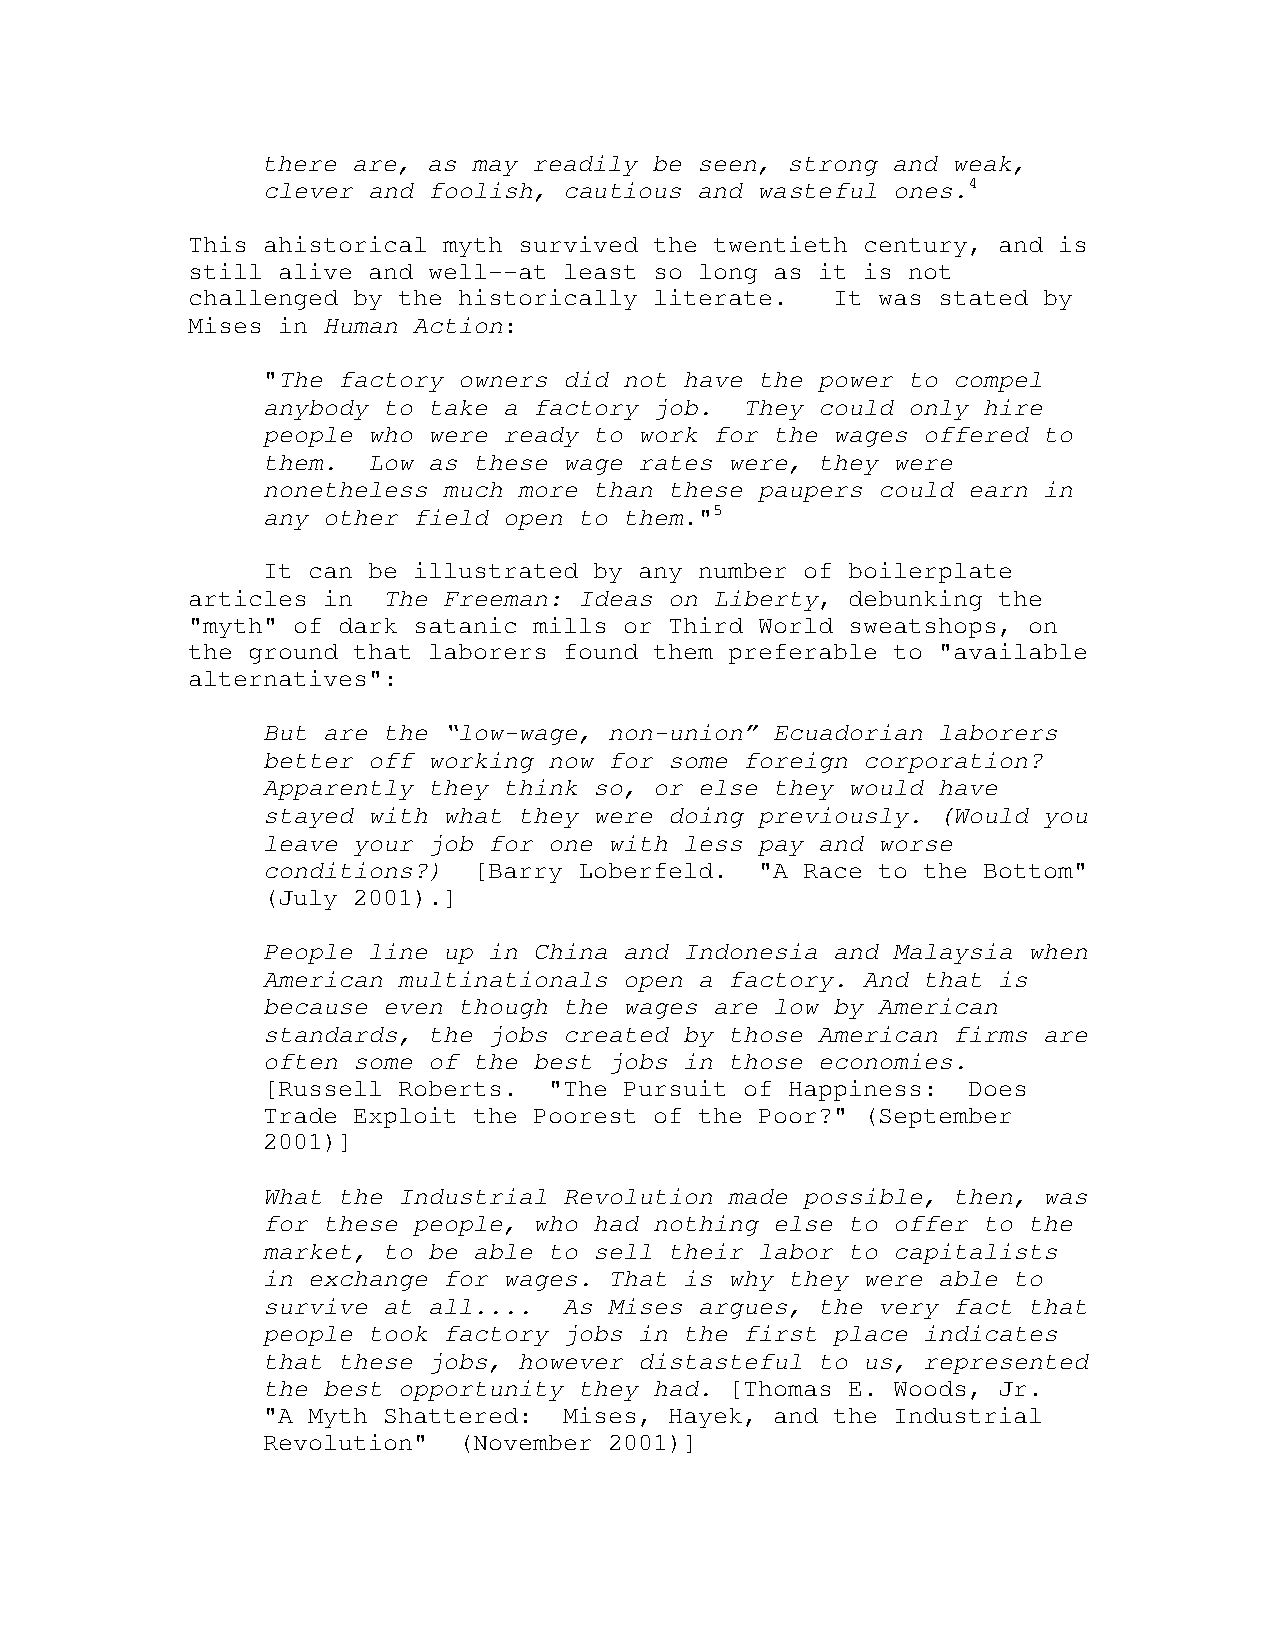
there are, as may readily be seen, strong and weak,
 clever and foolish, cautious and wasteful ones.4
 This ahistorical myth survived the twentieth century, and is
 still alive and well--at least so long as it is not
 challenged by the historically literate.   It was stated by
 Mises in Human Action:
 "The factory owners did not have the power to compel
 anybody to take a factory job.  They could only hire
 people who were ready to work for the wages offered to
 them.  Low as these wage rates were, they were
 nonetheless much more than these paupers could earn in
 any other field open to them."5
 It can be illustrated by any number of boilerplate
 articles in  The Freeman: Ideas on Liberty, debunking the
 "myth" of dark satanic mills or Third World sweatshops, on
 the ground that laborers found them preferable to "available
 alternatives":
 But are the “low-wage, non-union” Ecuadorian laborers
 better off working now for some foreign corporation?
 Apparently they think so, or else they would have
 stayed with what they were doing previously. (Would you
 leave your job for one with less pay and worse
 conditions?)  [Barry Loberfeld.  "A Race to the Bottom"
 (July 2001).]
 People line up in China and Indonesia and Malaysia when
 American multinationals open a factory. And that is
 because even though the wages are low by American
 standards, the jobs created by those American firms are
 often some of the best jobs in those economies.
 [Russell Roberts.  "The Pursuit of Happiness:  Does
 Trade Exploit the Poorest of the Poor?" (September
 2001)]
 What the Industrial Revolution made possible, then, was
 for these people, who had nothing else to offer to the
 market, to be able to sell their labor to capitalists
 in exchange for wages. That is why they were able to
 survive at all....  As Mises argues, the very fact that
 people took factory jobs in the first place indicates
 that these jobs, however distasteful to us, represented
 the best opportunity they had. [Thomas E. Woods, Jr.
 "A Myth Shattered:  Mises, Hayek, and the Industrial
 Revolution"  (November 2001)]